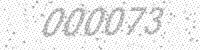
Solution: 000073